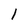
Character: 1